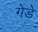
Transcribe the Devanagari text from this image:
गेडे